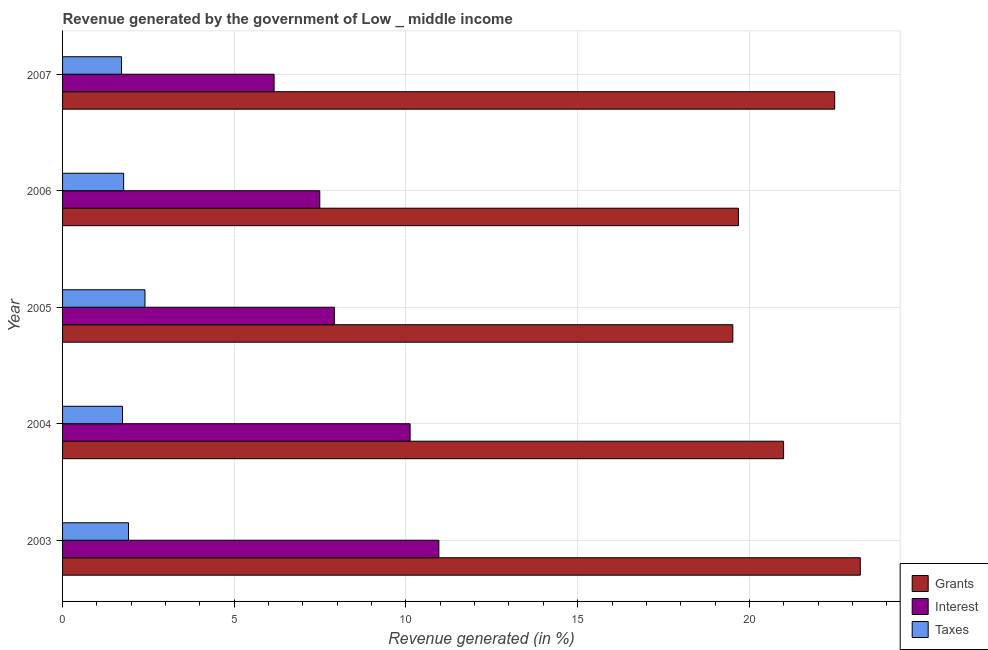
| Year | Grants | Interest | Taxes |
 | --- | --- | --- | --- |
 | 2003 | 23.2 | 11 | 1.92 |
 | 2004 | 21 | 10.1 | 1.75 |
 | 2005 | 19.5 | 7.92 | 2.4 |
 | 2006 | 19.7 | 7.49 | 1.78 |
 | 2007 | 22.5 | 6.16 | 1.72 |